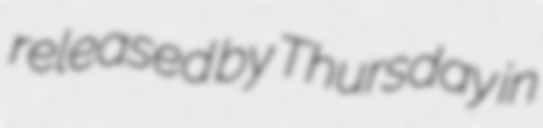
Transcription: released by Thursday in